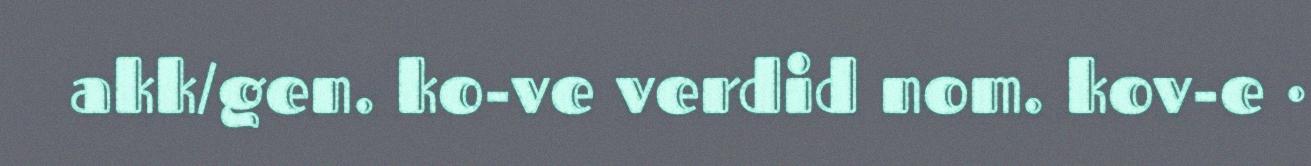
akk/gen. ko-ve verdid nom. kov-e ·